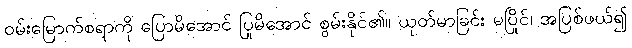
ဝမ်းမြောက်စရာကို ပြောမိအောင် ပြုမိအောင် စွမ်းနိုင်၏။ ယုတ်မာခြင်း မပြိုင်၊ အပြစ်ဖယ်၍